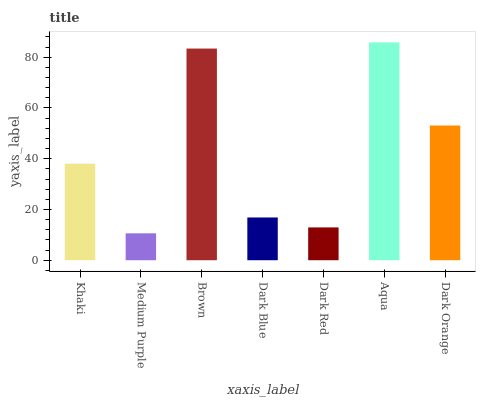
| xaxis_label | bars |
 | --- | --- |
 | Khaki | 38.1 |
 | Medium Purple | 10.6 |
 | Brown | 83.4 |
 | Dark Blue | 16.9 |
 | Dark Red | 12.9 |
 | Aqua | 85.9 |
 | Dark Orange | 53.1 |